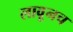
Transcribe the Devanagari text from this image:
लावूनच